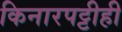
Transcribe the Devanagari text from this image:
किनारपट्टीही